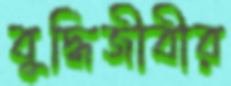
বুদ্ধিজীবীর